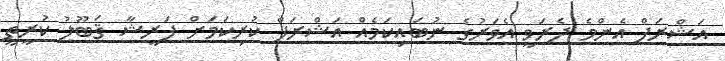
އަޝްރަފް އެންމެ ދެރަވީ އެވަރުގެ ނުބައިކަމެއް އަޝްރަފް ކުރިކަމަށް ފަރީޝާ ޤަބޫލު ކުރީތީ